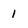
Character: 1